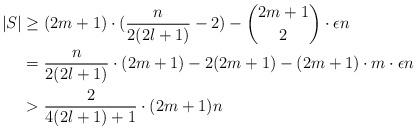
LaTeX: \begin{align*}|S|&\ge (2m+1)\cdot (\frac{n}{2(2l+1)}-2)-\binom{2m+1}{2}\cdot \epsilon n\\&=\frac{n}{2(2l+1)}\cdot (2m+1)-2(2m+1)-(2m+1)\cdot m\cdot \epsilon n\\&>\frac{2}{4(2l+1)+1}\cdot (2m+1)n\end{align*}